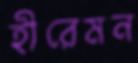
হীরেমন